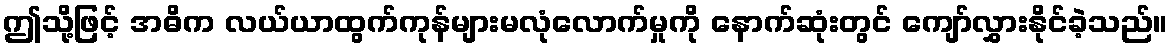
ဤသို့ဖြင့် အဓိက လယ်ယာထွက်ကုန်များမလုံလောက်မှုကို နောက်ဆုံးတွင် ကျော်လွှားနိုင်ခဲ့သည်။